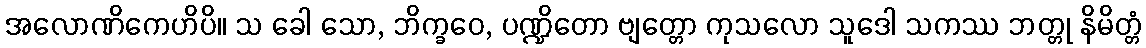
အလောဏိကေဟိပိ။ သ ခေါ သော, ဘိက္ခဝေ, ပဏ္ဍိတော ဗျတ္တော ကုသလော သူဒေါ သကဿ ဘတ္တု နိမိတ္တံ